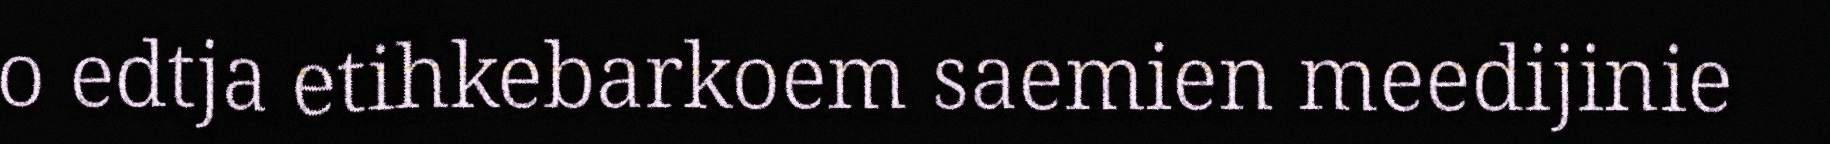
o edtja etihkebarkoem saemien meedijinie